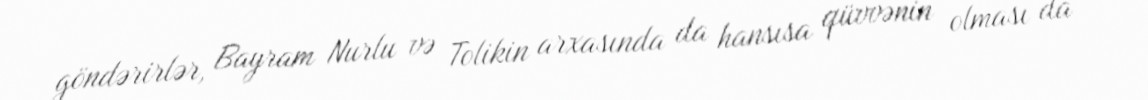
göndərirlər, Bayram Nurlu və Tolikin arxasında da hansısa qüvvənin olması da